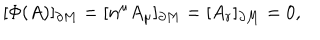
[ \Phi ( A ) ] _ { \partial M } = [ n ^ { \mu } A _ { \mu } ] _ { \partial M } = [ A _ { r } ] _ { \partial M } = 0 ,